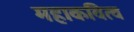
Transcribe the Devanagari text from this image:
महाकवित्व